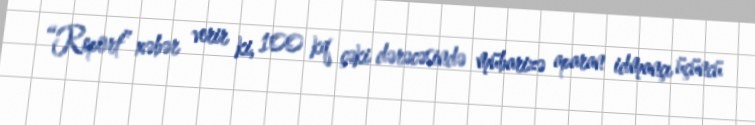
“Report” xəbər verir ki, 100 kq çəki dərəcəsində mübarizə aparan idmançı üçüncü